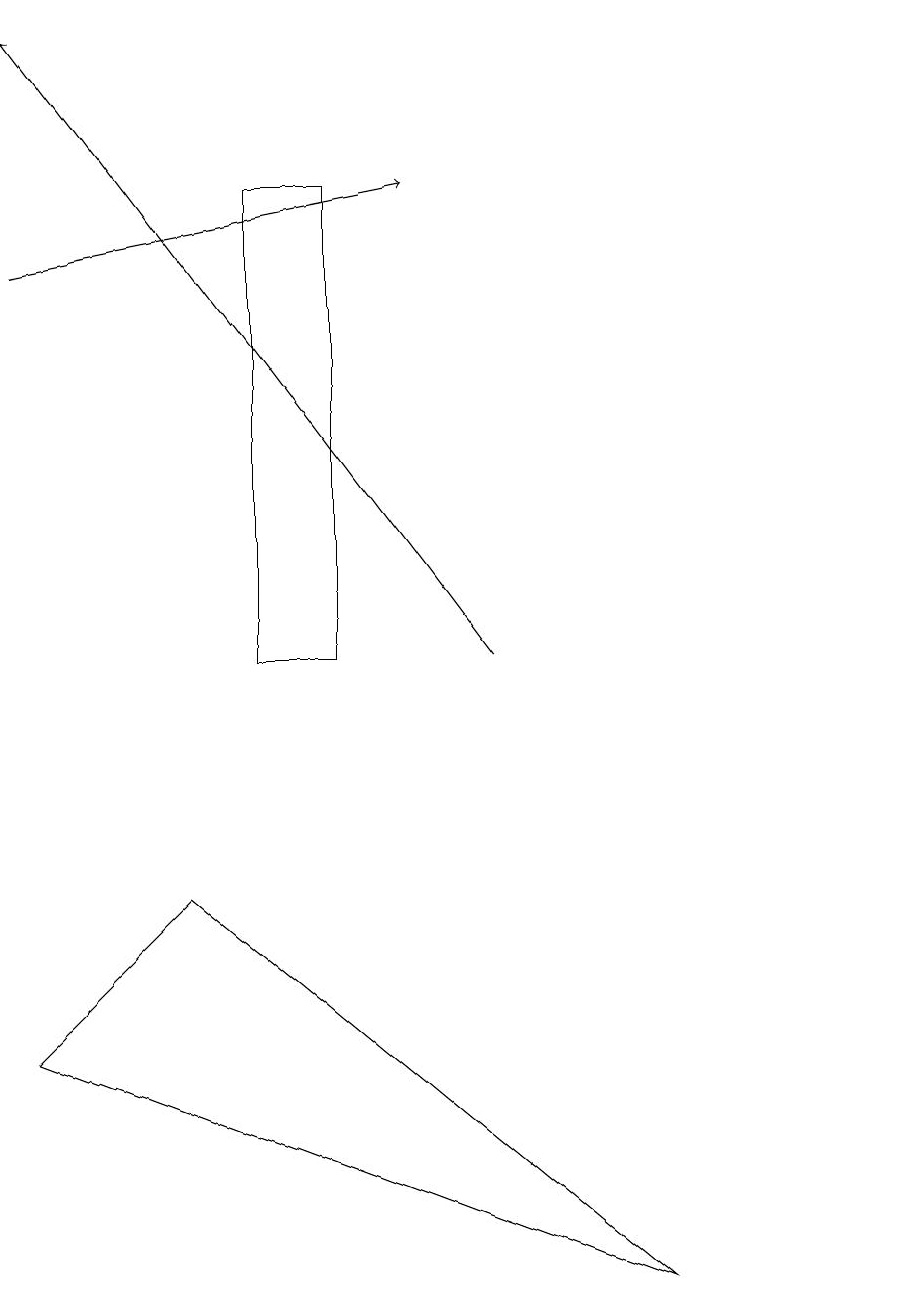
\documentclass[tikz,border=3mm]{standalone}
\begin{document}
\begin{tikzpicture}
\draw (8,3) -- (2,8) -- (0,6) -- cycle;
\draw (4,11) rectangle (3,17);
\draw[->] (0,16) -- (5,17);
\draw (11,11) circle (0);
\draw[->] (6,11) -- (0,19);
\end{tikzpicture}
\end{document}